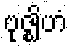
ဗုဇ္ဈိဟံ